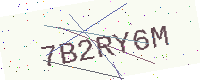
Text: 7B2RY6M